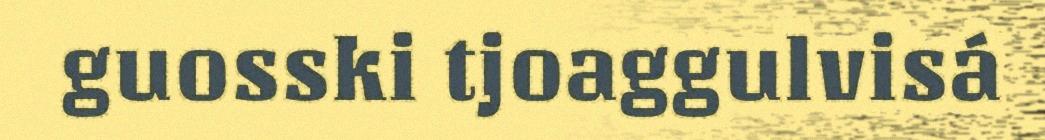
guosski tjoaggulvisá